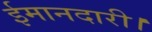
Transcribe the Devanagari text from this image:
ईमानदारी।